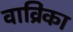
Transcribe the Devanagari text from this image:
वाव्रिंका